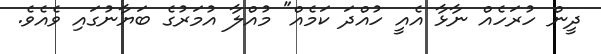
ދީން ހުރަހެއް ނާޅާ އެއީ ހުއްދަ ކަމެއް" މުއްލާ އުމަރުގެ ބަޔާނުގައި ވެއެވެ.